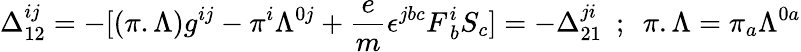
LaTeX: \Delta_{12}^{ij}=-[(\pi.\Lambda)g^{ij}-\pi^{i}\Lambda^{0j}+{\frac{e}{m}}\epsilon^{jbc}F_{~b}^{i}S_{c}]=-\Delta_{21}^{ji}~~;~~\pi.\Lambda=\pi_{a}\Lambda^{0a}